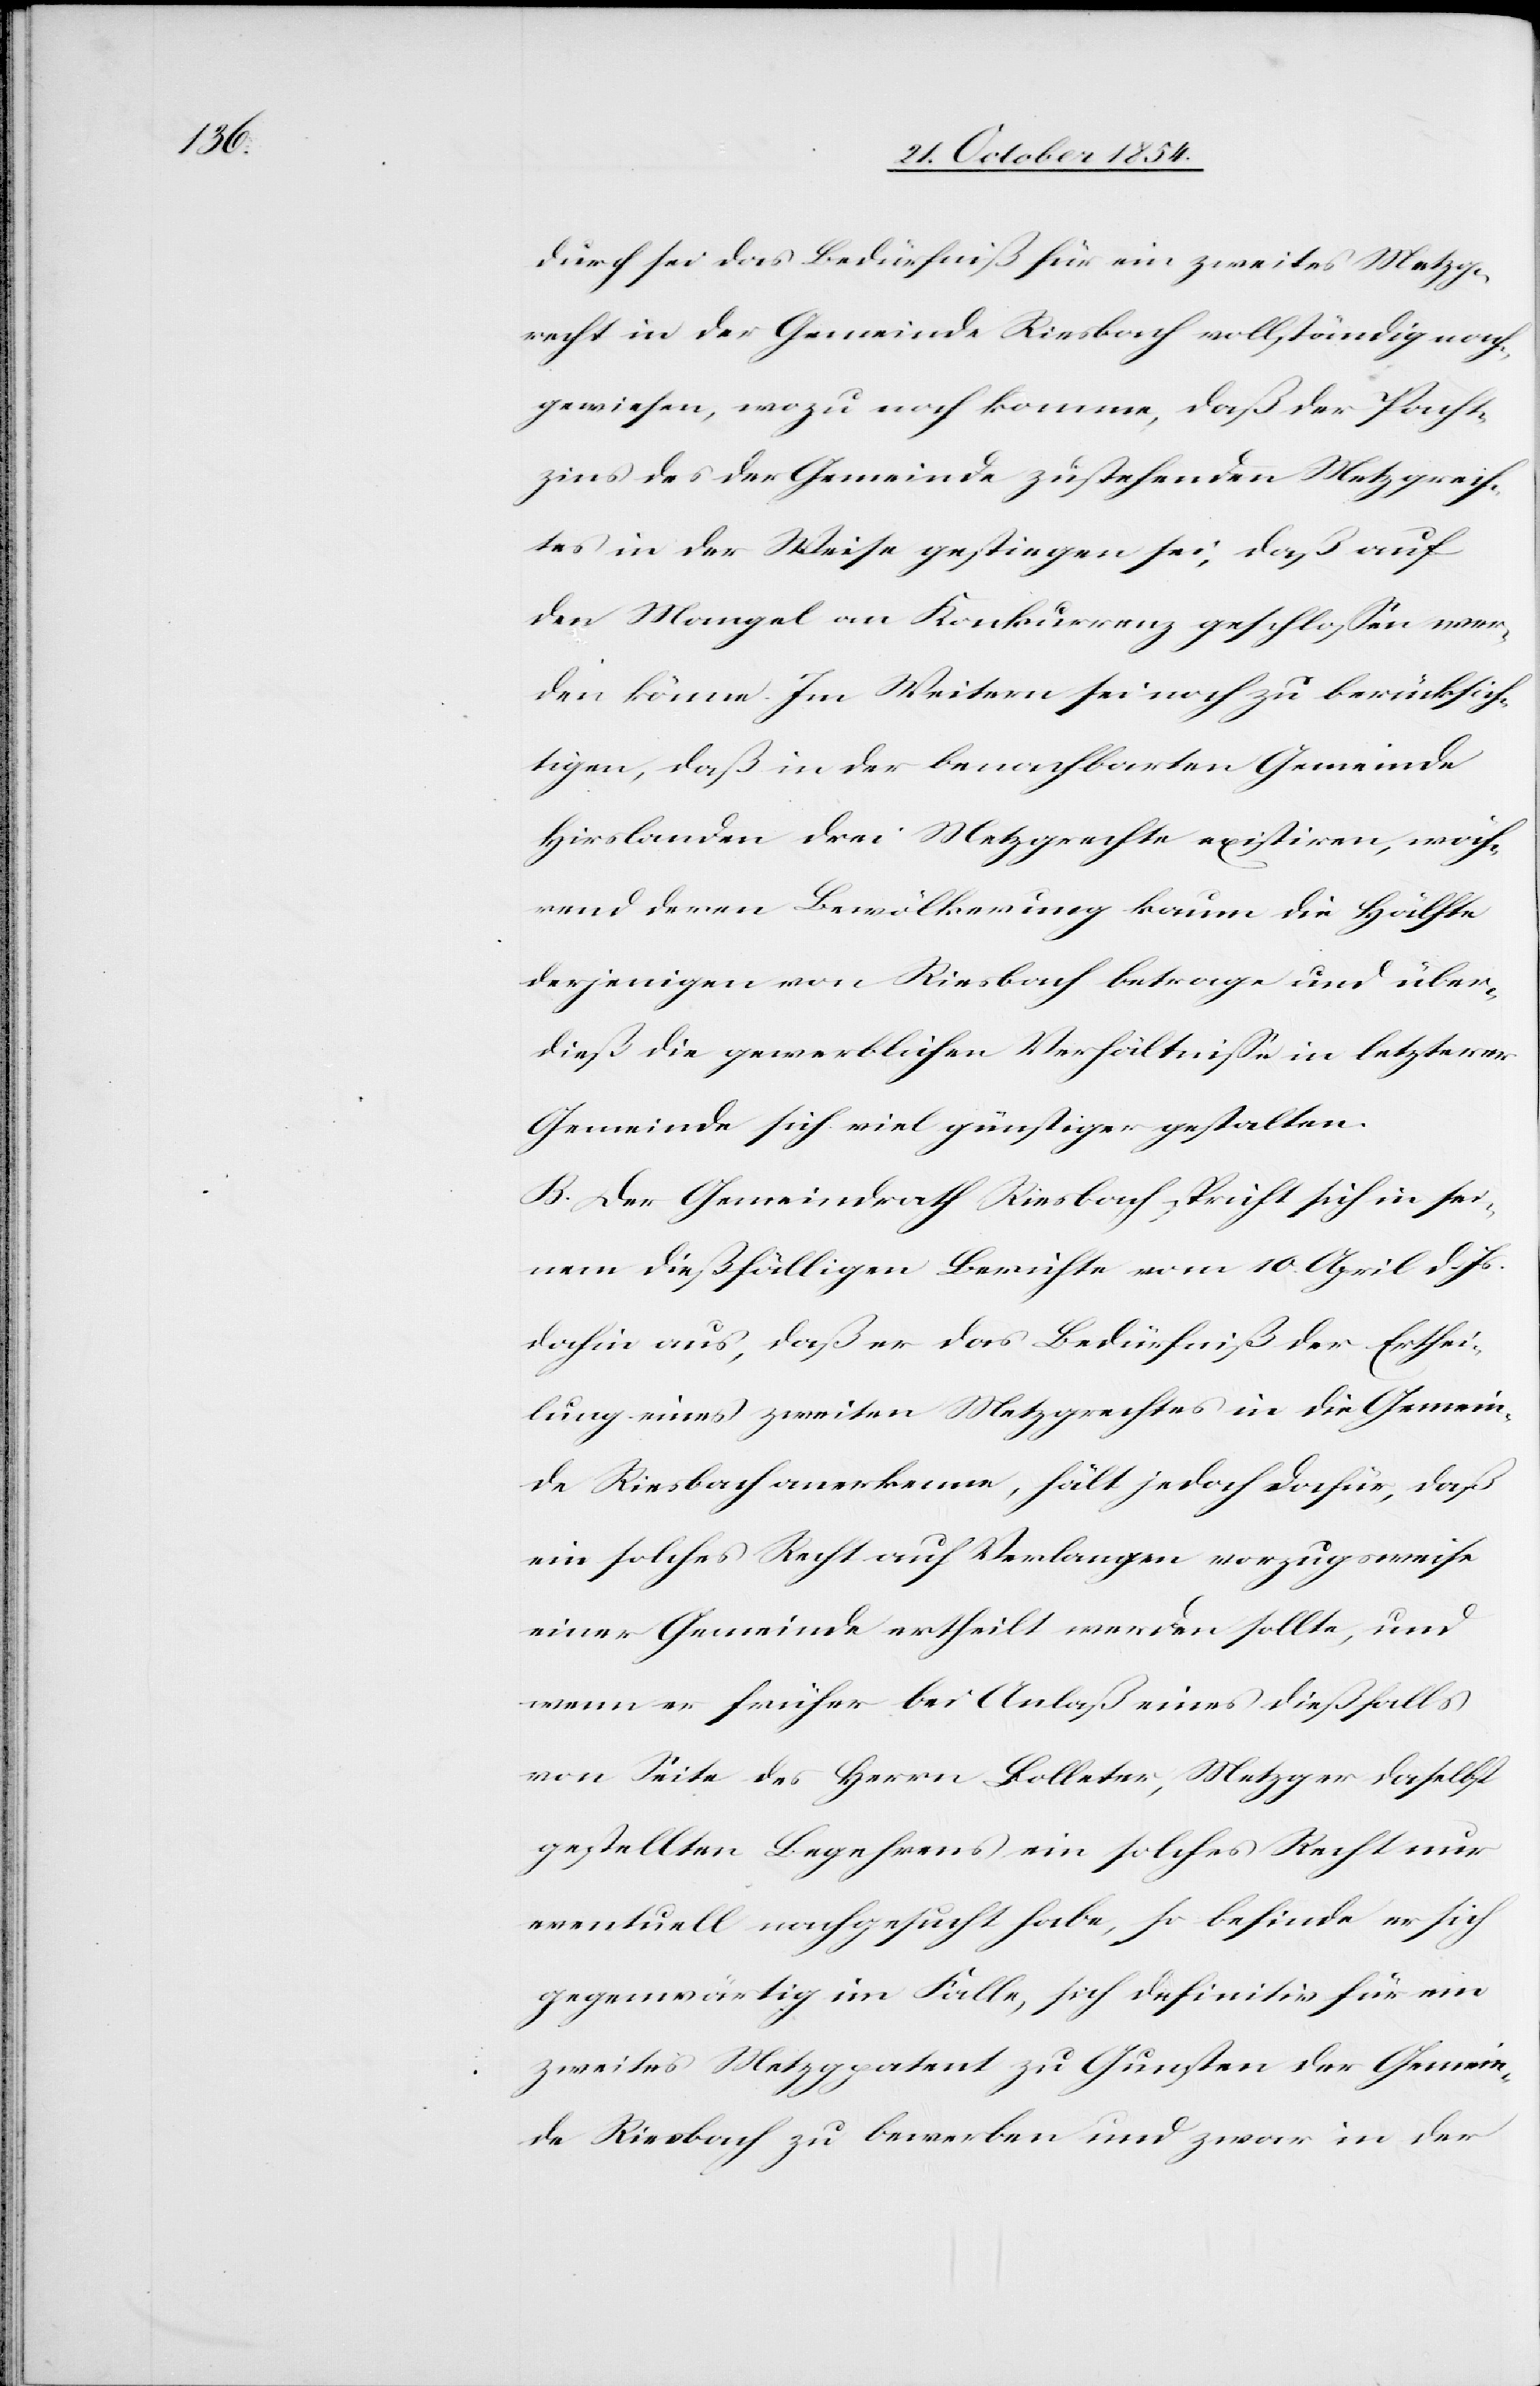
durch sei das Bedürfniß für ein zweites Metzg¬
recht in der Gemeinde Riesbach vollständig nach¬
gewiesen, wozu noch komme, daß der Pacht¬
zins des der Gemeinde zustehenden Metzrech¬
tes in der Weise gestiegen sei, daß auf
den Mangel an Konkurrenz geschloßen wer¬
den könne. Im Weitern sei noch zu berücksich¬
tigen, daß in der benachbarten Gemeinde
Hirslanden drei Metzpatente existiren, wäh¬
rend deren Bevölkerung kaum die Hälfte
derjenigen von Riesbach betrage und über¬
dieß die gewerblichen Verhältniße in letzterer
Gemeinde sich viel günstiger gestalten.
B. Der Gemeindrath Riesbach spricht sich in sei¬
nem dießfälligen Berichte vom 10. April d. Js.
dahin aus, daß er das Bedürfniß der Erthei¬
lung eines zweiten Metzgrechtes in die Gemein¬
de Riesbach anerkenne, hält jedoch dafür, daß
ein solches Recht auf Verlangen vorzugsweise
einer Gemeinde ertheilt werden sollte, und
wenn er früher bei Anlaß eines dießfalls
von Seite des Herrn Bolleter, Metzger daselbst
gestellten Begehrens ein solches Recht nur
eventuell nachgesucht habe, so befinde er sich
gegenwärtig im Falle, sich definitiv für ein
zweites Metzgrecht zu Gunsten der Gemein¬
de Riesbach zu bewerben und zwar in der